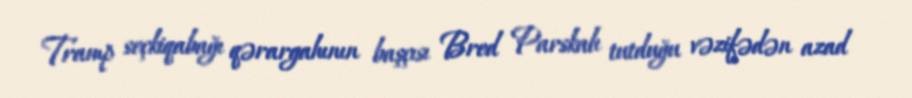
Tramp seçkiqabağı qərargahının başçısı Bred Parskalı tutduğu vəzifədən azad